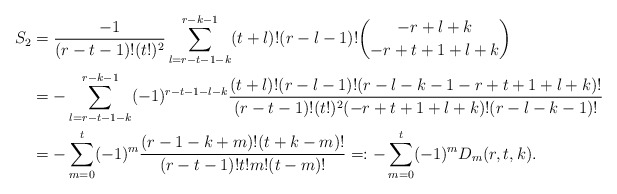
\begin{align*}S_2&=\frac{-1}{(r-t-1)!(t!)^2}\sum_{l=r-t-1-k}^{r-k-1}(t+l)!(r-l-1)!\binom{-r+l+k}{-r+t+1+l+k}\\&=-\sum_{l=r-t-1-k}^{r-k-1}(-1)^{r-t-1-l-k}\frac{(t+l)!(r-l-1)!(r-l-k-1-r+t+1+l+k)!}{(r-t-1)!(t!)^2(-r+t+1+l+k)!(r-l-k-1)!}\\&=-\sum_{m=0}^{t}(-1)^m\frac{(r-1-k+m)!(t+k-m)!}{(r-t-1)!t!m!(t-m)!}=:-\sum_{m=0}^{t}(-1)^m D_m(r,t,k).\end{align*}